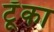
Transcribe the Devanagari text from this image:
टूँका